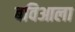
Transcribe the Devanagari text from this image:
बविआला